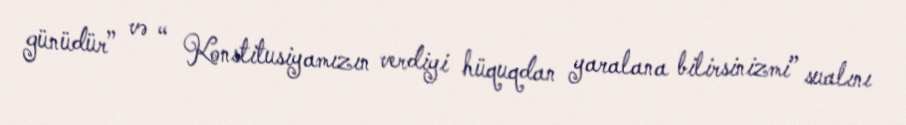
günüdür” və “ Konstitusiyamızın verdiyi hüquqdan yaralana bilirsinizmi” sualını